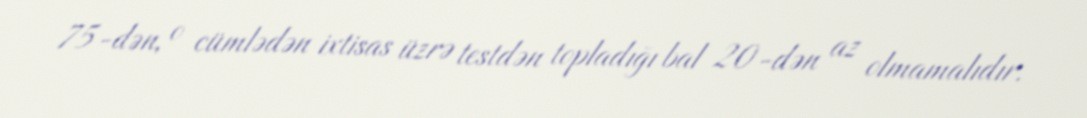
75-dən, o cümlədən ixtisas üzrə testdən topladığı bal 20-dən az olmamalıdır.